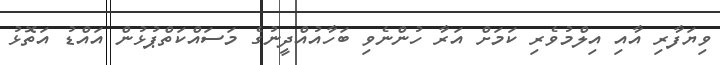
ވިޔަފާރި އާއި އިލްމުވެރި ކަމަށް އަރާ ހުންނެވި ބަހާއުއްދީނުގެ މަސައްކަތްޕުޅުން އައްޑު އަތޮޅު